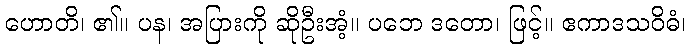
ဟောတိ၊ ၏။ ပန၊ အပြားကို ဆိုဦးအံ့။ ပဘေ ဒတော၊ ဖြင့်။ ဧကာဒသဝိဓံ၊